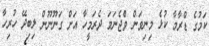
ކަމުގެ ޑްރާމާ ކުޅެ މިނިވަން ވެްޖެނަމަ ދެރަމީހާ އަށް ގަނޫނޫން ލިބިދޭ ހުރިހާ